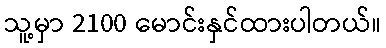
သူ့မှာ 2100 မောင်းနှင်ထားပါတယ်။